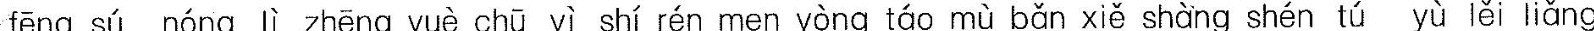
fēng sú nóng lì zhēng yuè chū yī shí rén men yòng táo mù bǎn xiě shàng shén chá yù lěi liǎng